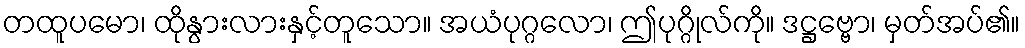
တထူပမော၊ ထိုနွားလားနှင့်တူသော။ အယံပုဂ္ဂလော၊ ဤပုဂ္ဂိုလ်ကို။ ဒဋ္ဌဗ္ဗော၊ မှတ်အပ်၏။